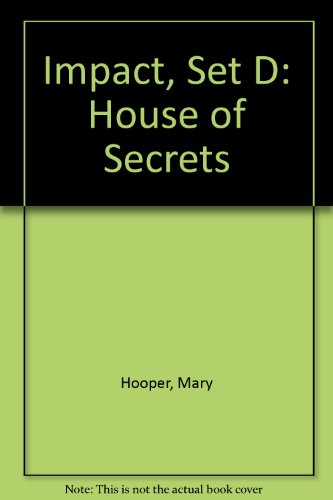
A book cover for Impact, Set D: House of Secrets; Teen & Young Adult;